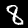
Label: 8